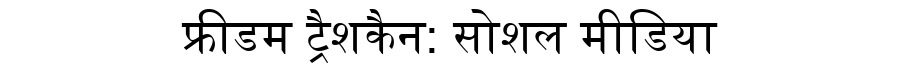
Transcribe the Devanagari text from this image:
फ्रीडम ट्रैशकैन: सोशल मीडिया